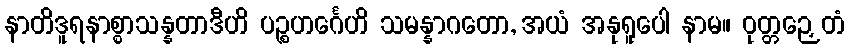
နာတိဒူရနာစ္စာသန္နတာဒီဟိ ပဉ္စဟင်္ဂေဟိ သမန္နာဂတော, အယံ အနုရူပေါ နာမ။ ဝုတ္တဉှေတံ